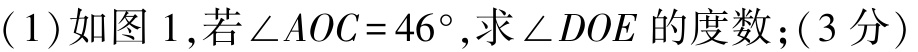
(1)如图 1,若\(\angle AOC = 46^{\circ}\),求\(\angle DOE\)的度数;(3分)